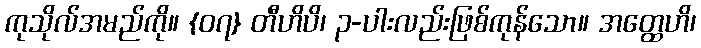
ကုသိုလ်အမည်ကို။ {၀၇} တီဟိပိ၊ ၃-ပါးလည်းဖြစ်ကုန်သော။ အတ္ထေဟိ၊